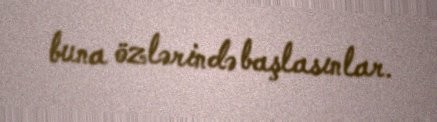
buna özlərində başlasınlar.